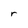
Character: r